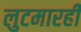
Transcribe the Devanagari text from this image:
लुटमारही